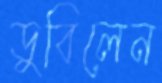
ডুবিলেন